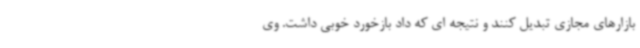
بازارهای مجازی تبدیل کنند و نتیجه ای که داد بازخورد خوبی داشت. وی